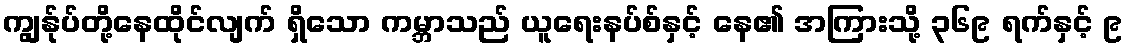
ကျွန်ုပ်တို့နေထိုင်လျက် ရှိသော ကမ္ဘာသည် ယူရေးနပ်စ်နှင့် နေ၏ အကြားသို့ ၃၆၉ ရက်နှင့် ၉